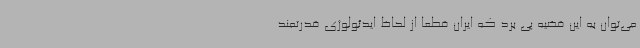
می‌توان به این قضیه پی برد که ایران قطعا از لحاظ ایدئولوژی قدرتمند